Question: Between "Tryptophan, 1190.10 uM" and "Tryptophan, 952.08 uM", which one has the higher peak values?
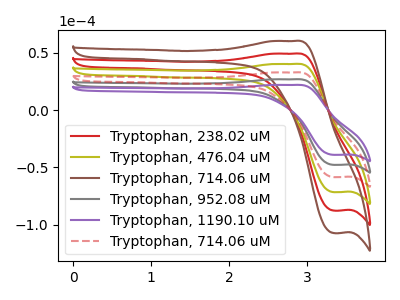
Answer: <think>The red curve "Tryptophan, 238.02 uM" has an anodic peak at (2.85V, 107.35uA) and a cathodic peak at (3.35V, -191.30uA). The olive curve "Tryptophan, 476.04 uM" has an anodic peak at (2.85V, 80.50uA) and a cathodic peak at (3.35V, -143.45uA). The brown curve "Tryptophan, 714.06 uM" has an anodic peak at (2.85V, 134.20uA) and a cathodic peak at (3.35V, -239.10uA). The gray curve "Tryptophan, 952.08 uM" has an anodic peak at (2.85V, 26.85uA) and a cathodic peak at (3.35V, -47.80uA). The purple curve "Tryptophan, 1190.10 uM" has an anodic peak at (2.85V, 21.95uA) and a cathodic peak at (3.35V, -39.05uA). The red dashed curve "Tryptophan, 714.06 uM" has an anodic peak at (2.85V, 53.70uA) and a cathodic peak at (3.35V, -95.65uA).</think>
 <answer>Every peak in "Tryptophan, 1190.10 uM" is lower than every peak in "Tryptophan, 952.08 uM".</answer>
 <eval>lower</eval>